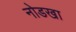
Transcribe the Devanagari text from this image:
नोडखा